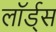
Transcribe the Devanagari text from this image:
लॉर्ड्‍स